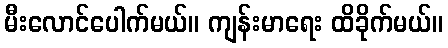
မီးလောင်ပေါက်မယ်။ ကျန်းမာရေး ထိခိုက်မယ်။